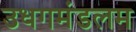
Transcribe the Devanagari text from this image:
उधगमंडलम